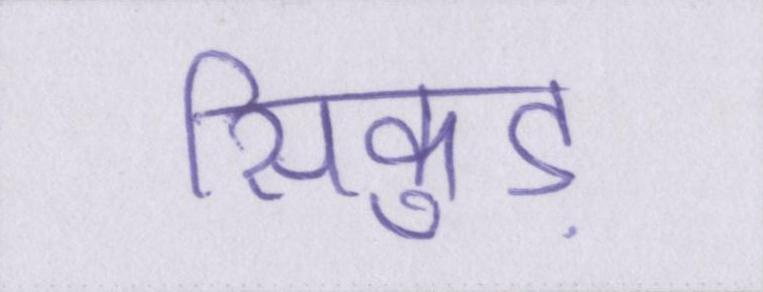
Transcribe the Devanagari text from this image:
सिकुड़